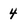
Character: 4